画像に写った文字を読んでください
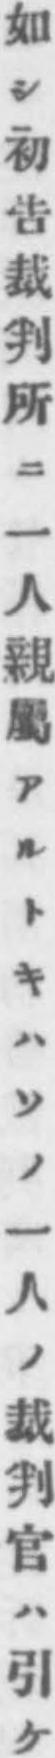
「如シ初告裁判所ニ一人親屬アルトキハソノ一人ノ裁判官ハ引ケ」と書いてあります